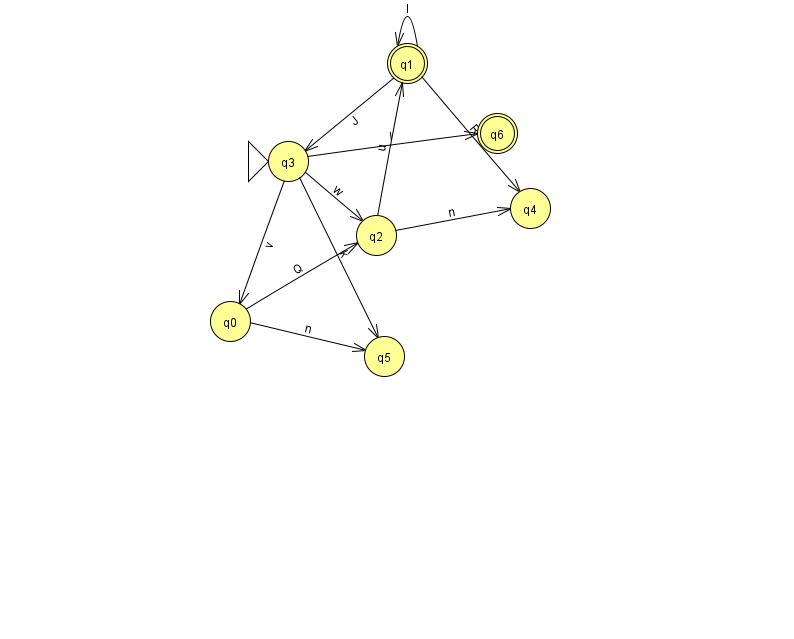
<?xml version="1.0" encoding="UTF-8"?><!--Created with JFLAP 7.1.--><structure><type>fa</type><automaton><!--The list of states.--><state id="0" name="q0"><x>230.0</x><y>308.0</y></state><state id="1" name="q1"><x>407.0</x><y>50.0</y><final/></state><state id="2" name="q2"><x>376.0</x><y>222.0</y></state><state id="3" name="q3"><x>288.0</x><y>148.0</y><initial/></state><state id="4" name="q4"><x>530.0</x><y>195.0</y></state><state id="5" name="q5"><x>384.0</x><y>343.0</y></state><state id="6" name="q6"><x>497.0</x><y>120.0</y><final/></state><!--The list of transitions.--><transition><from>3</from><to>0</to><read>v</read></transition><transition><from>3</from><to>5</to><read>k</read></transition><transition><from>3</from><to>6</to><read>l</read></transition><transition><from>0</from><to>5</to><read>n</read></transition><transition><from>3</from><to>2</to><read>w</read></transition><transition><from>1</from><to>3</to><read>J</read></transition><transition><from>0</from><to>2</to><read>Q</read></transition><transition><from>1</from><to>4</to><read>R</read></transition><transition><from>2</from><to>1</to><read>u</read></transition><transition><from>2</from><to>4</to><read>n</read></transition><transition><from>1</from><to>1</to><read>l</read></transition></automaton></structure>